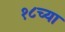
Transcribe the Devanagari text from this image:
१८च्या